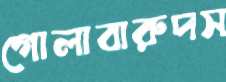
গোলাবারুদস